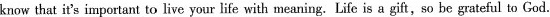
know that it's important to live your life with meaning. Life is a gift, so be grateful to God.